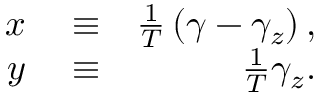
\begin{array} { r l r } { x } & { { } \equiv } & { \frac { 1 } { T } \left( \gamma - \gamma _ { z } \right) , } \\ { y } & { { } \equiv } & { \frac { 1 } { T } \gamma _ { z } . } \end{array}